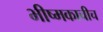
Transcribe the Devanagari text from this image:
भीष्मकाचीच